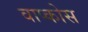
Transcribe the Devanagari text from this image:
वाप्कोस